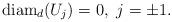
LaTeX: \begin{align*}\mathrm{diam}_d(U_j)=0,\ j=\pm 1.\end{align*}